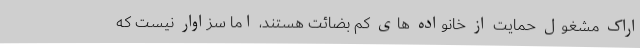
اراک مشغول حمایت از خانواده های کم بضائت هستند، اما سزاوار نیست که